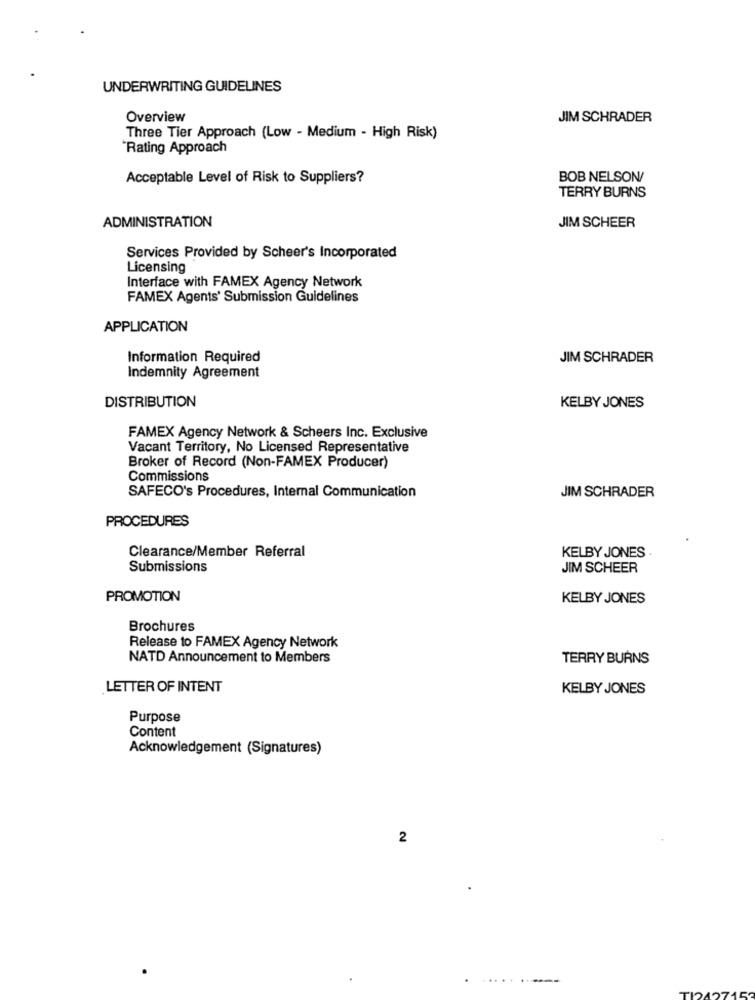
UNDERWRITING GUIDELINES
Overview
JIM SCHRADER
Three Tier Approach (Low - Medium - High Risk)
'Rating Approach
Acceptable Level of Risk to Suppliers?
BOB NELSON/
TERRY BURNS
ADMINISTRATION
JIM SCHEER
Services Provided by Scheer's Incorporated
Licensing
Interface with FAMEX Agency Network
FAMEX Agents' Submission Guidelines
APPLICATION
Information Required
JIM SCHRADER
Indemnity Agreement
DISTRIBUTION
KELBY JONES
FAMEX Agency Network & Scheers Inc. Exclusive
Vacant Territory, No Licensed Representative
Broker of Record (Non-FAMEX Producer)
Commissions
SAFECO's Procedures, Internal Communication
JIM SCHRADER
PROCEDURES
Clearance/Member Referral
KELBY JONES .
Submissions
JIM SCHEER
PROMOTION
KELBY JONES
Brochures
Release to FAMEX Agency Network
NATD Announcement to Members
TERRY BURNS
LETTER OF INTENT
KELBY JONES
Purpose
Content
Acknowledgement (Signatures)
2